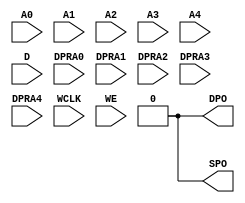
// This program was cloned from: https://github.com/aolofsson/oh
// License: MIT License

module RAM32X1D (/*AUTOARG*/
   // Outputs
   DPO, SPO,
   // Inputs
   A0, A1, A2, A3, A4, D, DPRA0, DPRA1, DPRA2, DPRA3, DPRA4, WCLK, WE
   );

   //inputs
   input A0;
   input A1;
   input A2;
   input A3;
   input A4;
   input D;
   input DPRA0;
   input DPRA1;
   input DPRA2;
   input DPRA3;
   input DPRA4;
   input WCLK;
   input WE;
   
   //outputs
   output DPO;
   output SPO;

   assign DPO=1'b0;
   assign SPO=1'b0;
   
  
endmodule // RAM32X1D